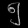
Digit: ၅